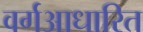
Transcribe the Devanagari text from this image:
वर्गआधारित